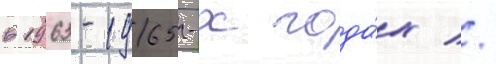
в 1963-1965-х года́х //